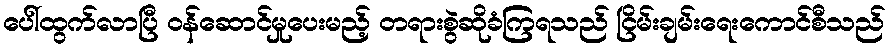
ပေါ်ထွက်လာပြီ ဝန်ဆောင်မှုပေးမည့် တရားစွဲဆိုခံကြရသည် ငြိမ်းချမ်းရေးကောင်စီသည်